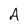
Character: A